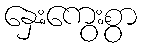
နှေးကွေးစွာ